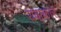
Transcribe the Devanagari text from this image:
यवाकार